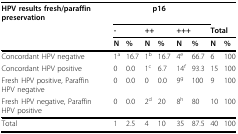
<table><thead><tr><td><b>HPV results fresh/paraffin preservation</b></td><td colspan="6"><b>p16</b></td><td></td><td></td></tr><tr><td></td><td colspan="2"><b>-</b></td><td colspan="2"><b>++</b></td><td colspan="2"><b>+++</b></td><td colspan="2"><b>Total</b></td></tr><tr><td></td><td><b>N</b></td><td><b>%</b></td><td><b>N</b></td><td><b>%</b></td><td><b>N</b></td><td><b>%</b></td><td><b>N</b></td><td><b>%</b></td></tr></thead><tbody><tr><td>Concordant HPV negative</td><td>1<sup>a</sup></td><td>16.7</td><td>1<sup>b</sup></td><td>16.7</td><td>4<sup>e</sup></td><td>66.7</td><td>6</td><td>100</td></tr><tr><td>Concordant HPV positive</td><td>0</td><td>0.0</td><td>1<sup>c</sup></td><td>6.7</td><td>14<sup>f</sup></td><td>93.3</td><td>15</td><td>100</td></tr><tr><td>Fresh HPV positive, Paraffin HPV negative</td><td>0</td><td>0.0</td><td>0</td><td>0.0</td><td>9<sup>g</sup></td><td>100</td><td>9</td><td>100</td></tr><tr><td>Fresh HPV negative, Paraffin HPV positive</td><td>0</td><td>0.0</td><td>2<sup>d</sup></td><td>20</td><td>8<sup>h</sup></td><td>80</td><td>10</td><td>100</td></tr><tr><td>Total</td><td>1</td><td>2.5</td><td>4</td><td>10</td><td>35</td><td>87.5</td><td>40</td><td>100</td></tr></tbody></table>